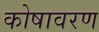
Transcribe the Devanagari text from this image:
कोषावरण